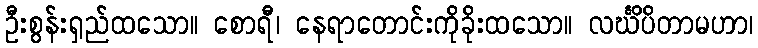
ဦးစွန်းရှည်ထသော။ စောရီ၊ နေရာတောင်းကိုခိုးထသော။ လင်္ဃိပိတာမဟာ၊